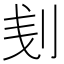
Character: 刬